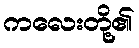
ကလေးတို့၏